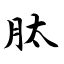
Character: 肽